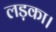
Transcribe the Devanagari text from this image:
लड़का।